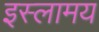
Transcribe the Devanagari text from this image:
इस्लामय